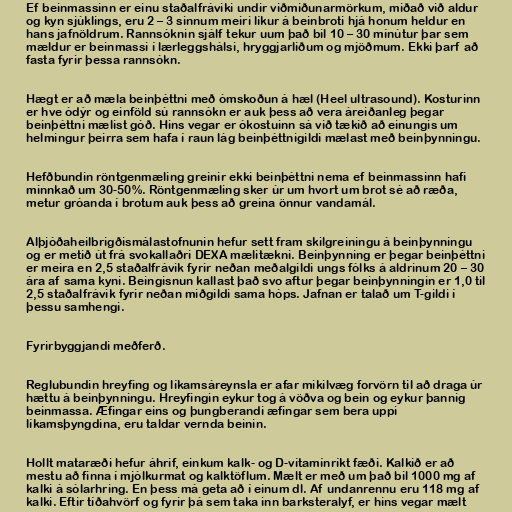
Ef beinmassinn er einu staðalfráviki undir viðmiðunarmörkum, miðað við aldur
og kyn sjúklings, eru 2 – 3 sinnum meiri líkur á beinbroti hjá honum heldur en
hans jafnöldrum. Rannsóknin sjálf tekur uum það bil 10 – 30 mínútur þar sem
mældur er beinmassi í lærleggshálsi, hryggjarliðum og mjöðmum. Ekki þarf að
fasta fyrir þessa rannsókn.

Hægt er að mæla beinþéttni með ómskoðun á hæl (Heel ultrasound). Kosturinn
er hve ódýr og einföld sú rannsókn er auk þess að vera áreiðanleg þegar
beinþéttni mælist góð. Hins vegar er ókostuinn sá við tækið að einungis um
helmingur þeirra sem hafa í raun lág beinþéttnigildi mælast með beinþynningu.

Hefðbundin röntgenmæling greinir ekki beinþéttni nema ef beinmassinn hafi
minnkað um 30-50%. Röntgenmæling sker úr um hvort um brot sé að ræða,
metur gróanda í brotum auk þess að greina önnur vandamál.

Alþjóðaheilbrigðismálastofnunin hefur sett fram skilgreiningu á beinþynningu
og er metið út frá svokallaðri DEXA mælitækni. Beinþynning er þegar beinþéttni
er meira en 2,5 staðalfrávik fyrir neðan meðalgildi ungs fólks á aldrinum 20 – 30
ára af sama kyni. Beingisnun kallast það svo aftur þegar beinþynningin er 1,0 til
2,5 staðalfrávik fyrir neðan miðgildi sama hóps. Jafnan er talað um T-gildi í
þessu samhengi.

Fyrirbyggjandi meðferð.

Reglubundin hreyfing og líkamsáreynsla er afar mikilvæg forvörn til að draga úr
hættu á beinþynningu. Hreyfingin eykur tog á vöðva og bein og eykur þannig
beinmassa. Æfingar eins og þungberandi æfingar sem bera uppi
líkamsþyngdina, eru taldar vernda beinin.

Hollt mataræði hefur áhrif, einkum kalk- og D-vítamínríkt fæði. Kalkið er að
mestu að finna í mjólkurmat og kalktöflum. Mælt er með um það bil 1000 mg af
kalki á sólarhring. En þess má geta að í einum dl. Af undanrennu eru 118 mg af
kalki. Eftir tíðahvörf og fyrir þá sem taka inn barksteralyf, er hins vegar mælt